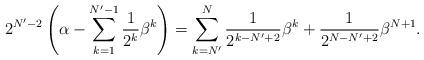
LaTeX: \begin{align*} 2^{N'-2}\left(\alpha - \sum_{k=1}^{N'-1}\frac{1}{2^k}\beta^k\right) = \sum_{k=N'}^{N}\frac{1}{2^{k-N'+2}}\beta^k + \frac{1}{2^{N-N'+2}}\beta^{N+1}. \end{align*}